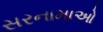
સરનામાઓ